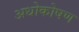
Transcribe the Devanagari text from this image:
अधोकोषण